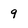
Character: 9